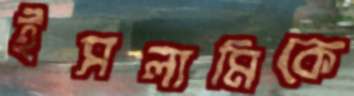
ইসলামিকে